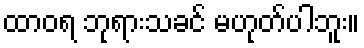
ထာဝရ ဘုရားသခင် မဟုတ်ပါဘူး။